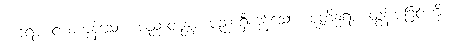
ဒဟရာ၊ ငယ်ကုန်သော။ ပညာဝန္တော၊ ပညာရှိကုန်သော။ ဇုတိန္ဓရာ၊ ထွန်းပခြင်းကို